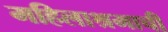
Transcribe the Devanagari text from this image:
महिलाश्रमाची